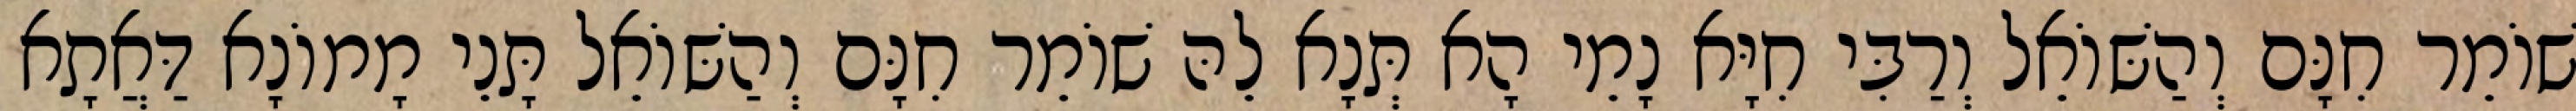
שׁוֹמֵר חִנָּם וְהַשּׁוֹאֵל וְרַבִּי חִיָּא נָמֵי הָא תְּנָא לֵהּ שׁוֹמֵר חִנָּם וְהַשּׁוֹאֵל תָּנֵי מָמוֹנָא דַּאֲתָא